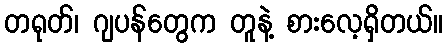
တရုတ်၊ ဂျပန်တွေက တူနဲ့ စားလေ့ရှိတယ်။